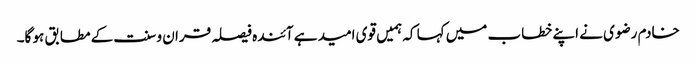
خادم رضوی نے اپنے خطاب میں کہا کہ ہمیں قوی امید ہے آئندہ فیصلہ قران و سنت کے مطابق ہو گا۔